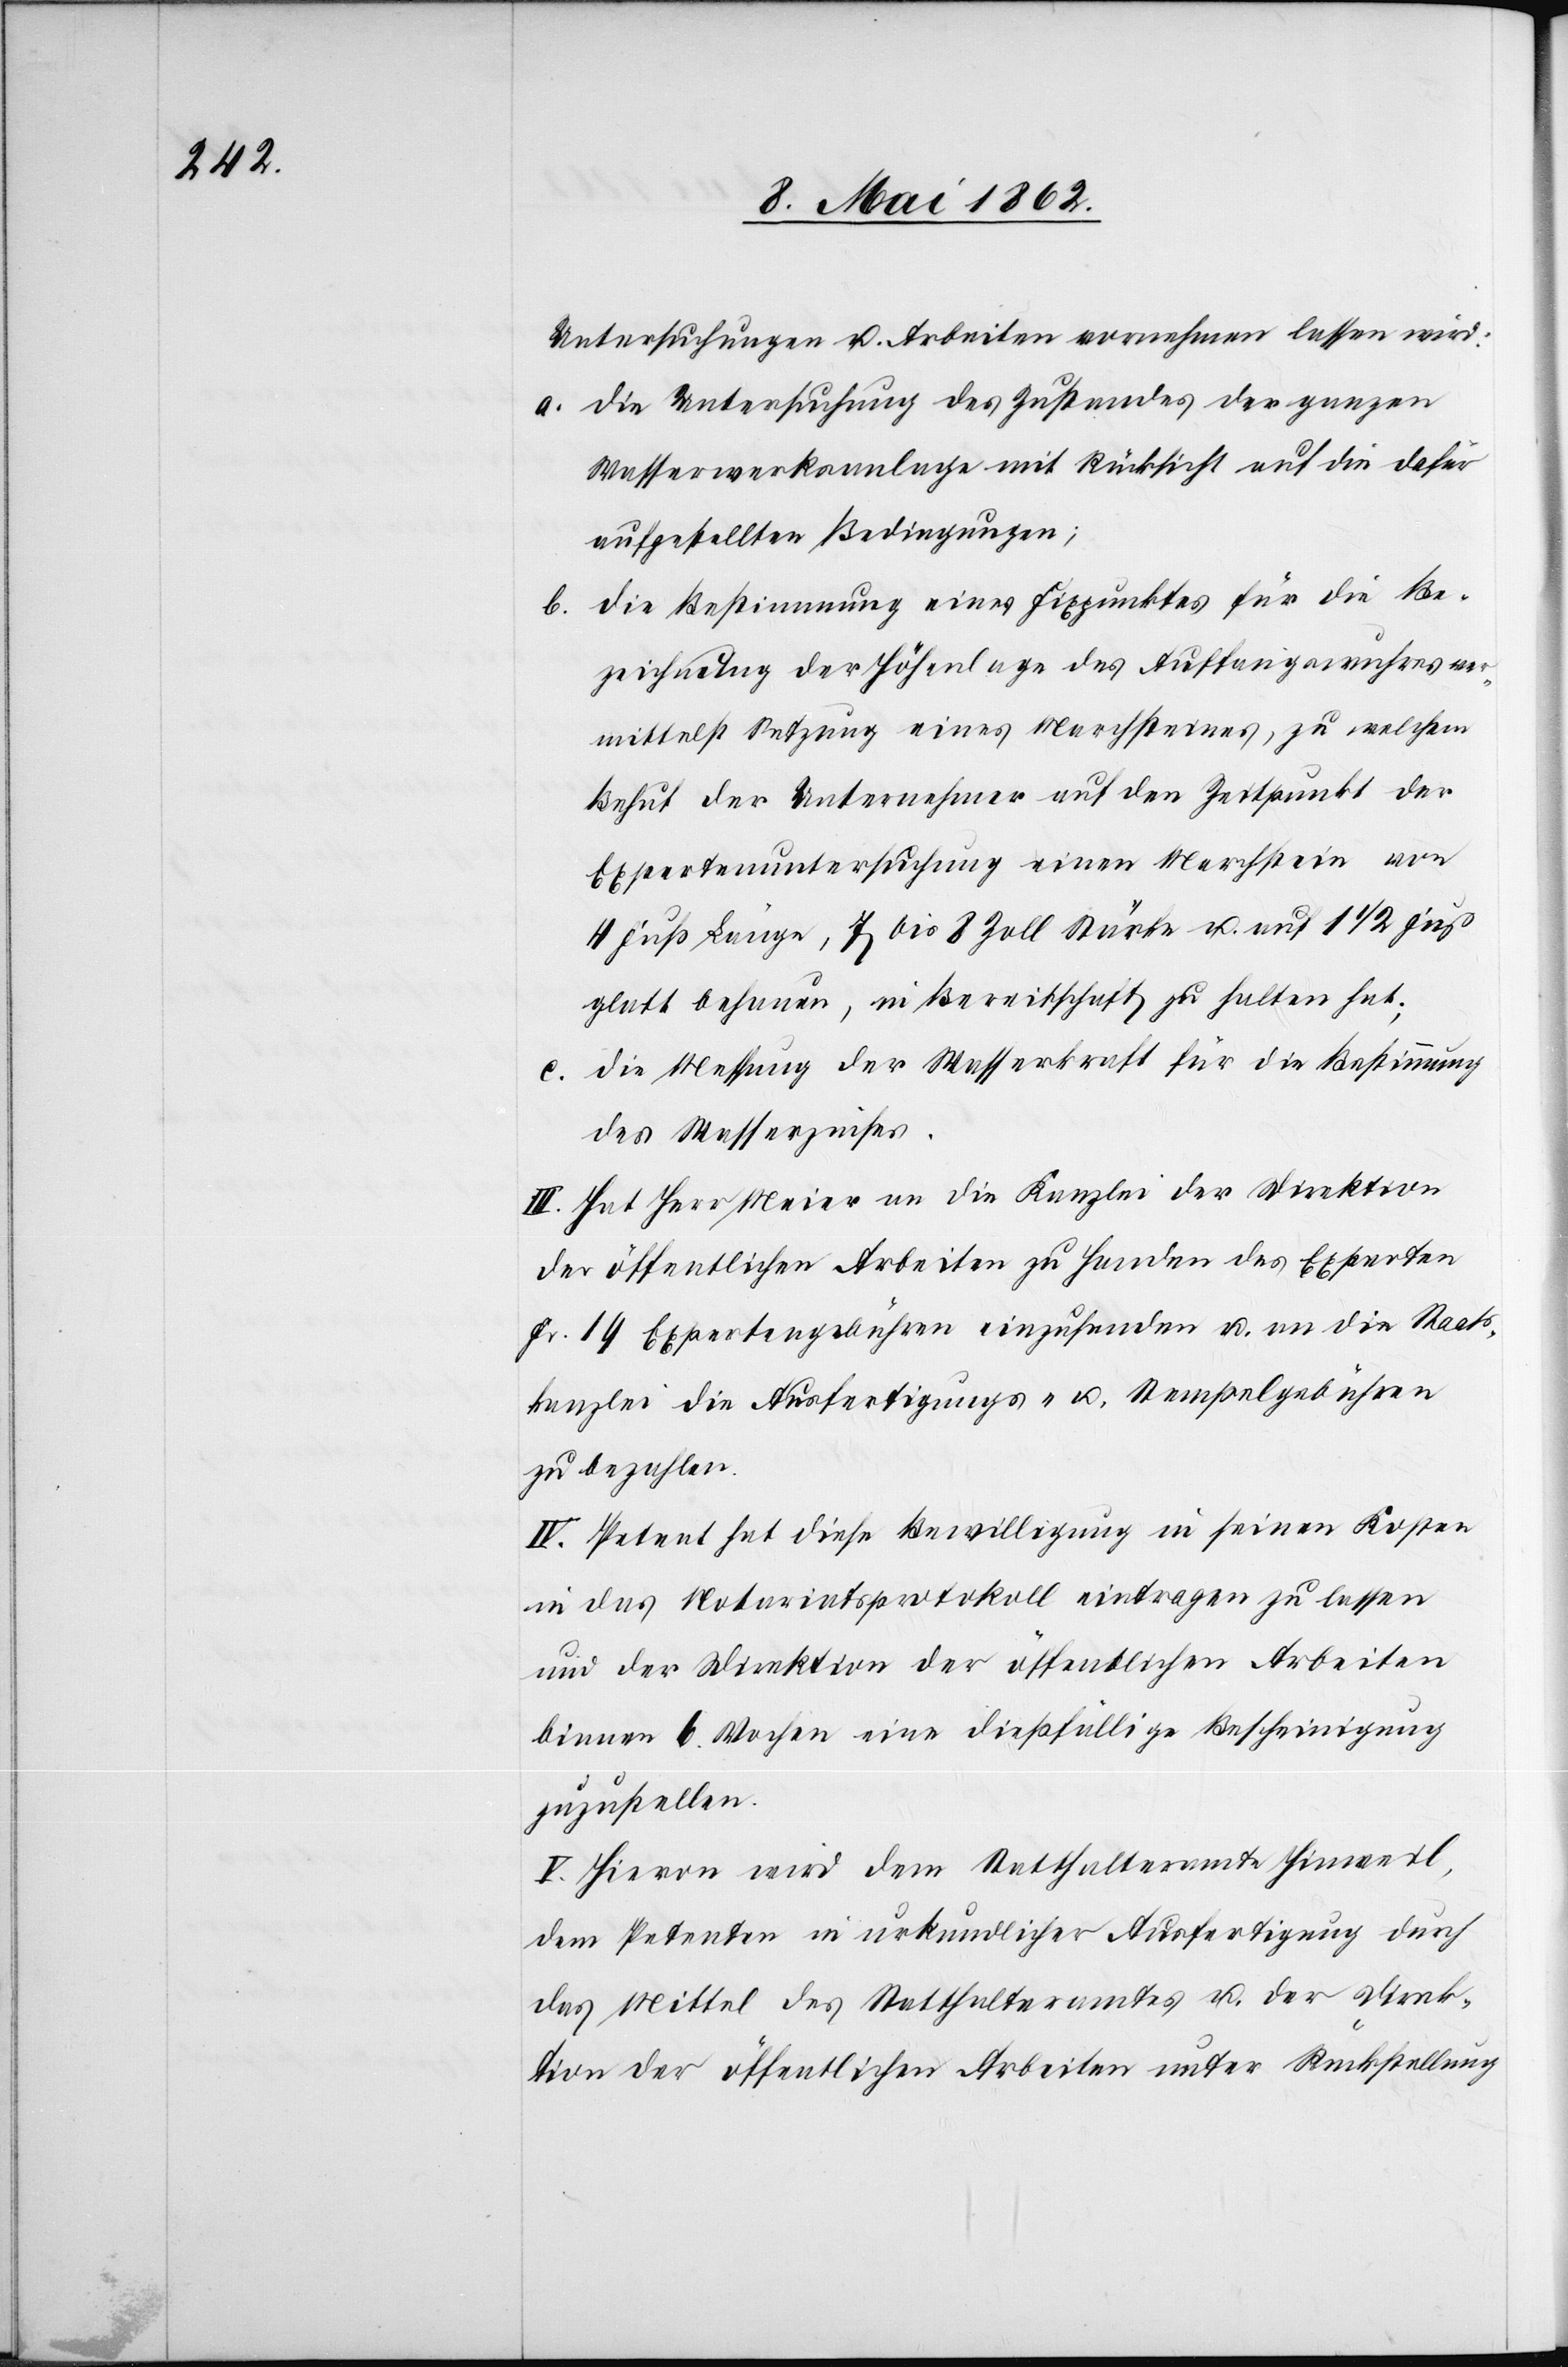
Untersuchungen u. Arbeiten vornehmen lassen wird:
a. die Untersuchung des Zustandes der ganzen
Wasserwerksanlage mit Rücksicht auf die dafür
aufgestellten Bedingungen;
b. die Bestimmung eines Fixpunktes für die Be¬
zeichnung der Höhenlage des Auffangswuhres ver¬
mittelst Setzung eines Marchsteines, zu welchem
Behuf der Unternehmer auf den Zeitpunkt der
Expertenuntersuchung einen Marchstein von
4 Fuß Länge, 7 bis 8 Zoll Stärke u. auf 1 1/2 Fuß
glatt behauen, in Bereitschaft zu halten hat;
c. die Messung der Wasserkraft für die Bestimmung
des Wasserzinses.
III. Hat Herr Meier an die Kanzlei der Direktion
der öffentlichen Arbeiten zu Handen des Experten
Fr. 19 Expertengebühren einzusenden u. an die Staats¬
kanzlei die Ausfertigungs- u. Stempelgebühren
zu bezahlen.
IV. Petent hat diese Bewilligung in seinen Kosten
in das Notariatsprotokoll eintragen zu lassen
und der Direktion der öffentlichen Arbeiten
binnen 6 Wochen eine dießfällige Bescheinigung
zuzustellen.
V. Hievon wird dem Statthalteramte Hinweil,
dem Petenten in urkundlicher Ausfertigung durch
das Mittel des Statthalteramtes u. der Direk¬
tion der öffentlichen Arbeiten unter Rückstellung